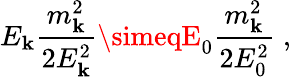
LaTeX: E_{\mathbf{k}}\frac{{m_{\mathbf{k}}^{2}}}{{2E_{\mathbf{k}}^{2}}}\simeqE_{0}\frac{{m_{\mathbf{k}}^{2}}}{{2E_{0}^{2}}}\; ,